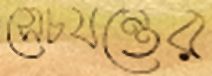
সেচযন্ত্রের